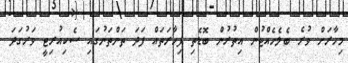
މިހާރަށް ވުރެ ބެލެހެއްޓުން އިތުރުން ބޮޑެތި ފިހާރަތައް ފަދަ ތަންތަނުގައި ސެކިއުރިޓީ ވަރުގަދަ